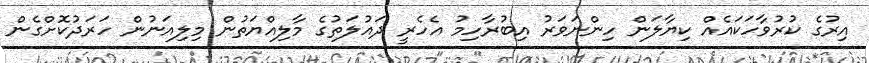
އިރުގެ ކުރުވާހަކައެއް ކިޔާލަން ހިންނަވަރު އިބުރާހިމު އެހެރީ ދައުލަތުގެ މާލިއްޔަތުން މިލިއަނުން ހަރަދުކޮށްގެން